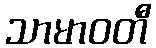
သာမာဝတီ